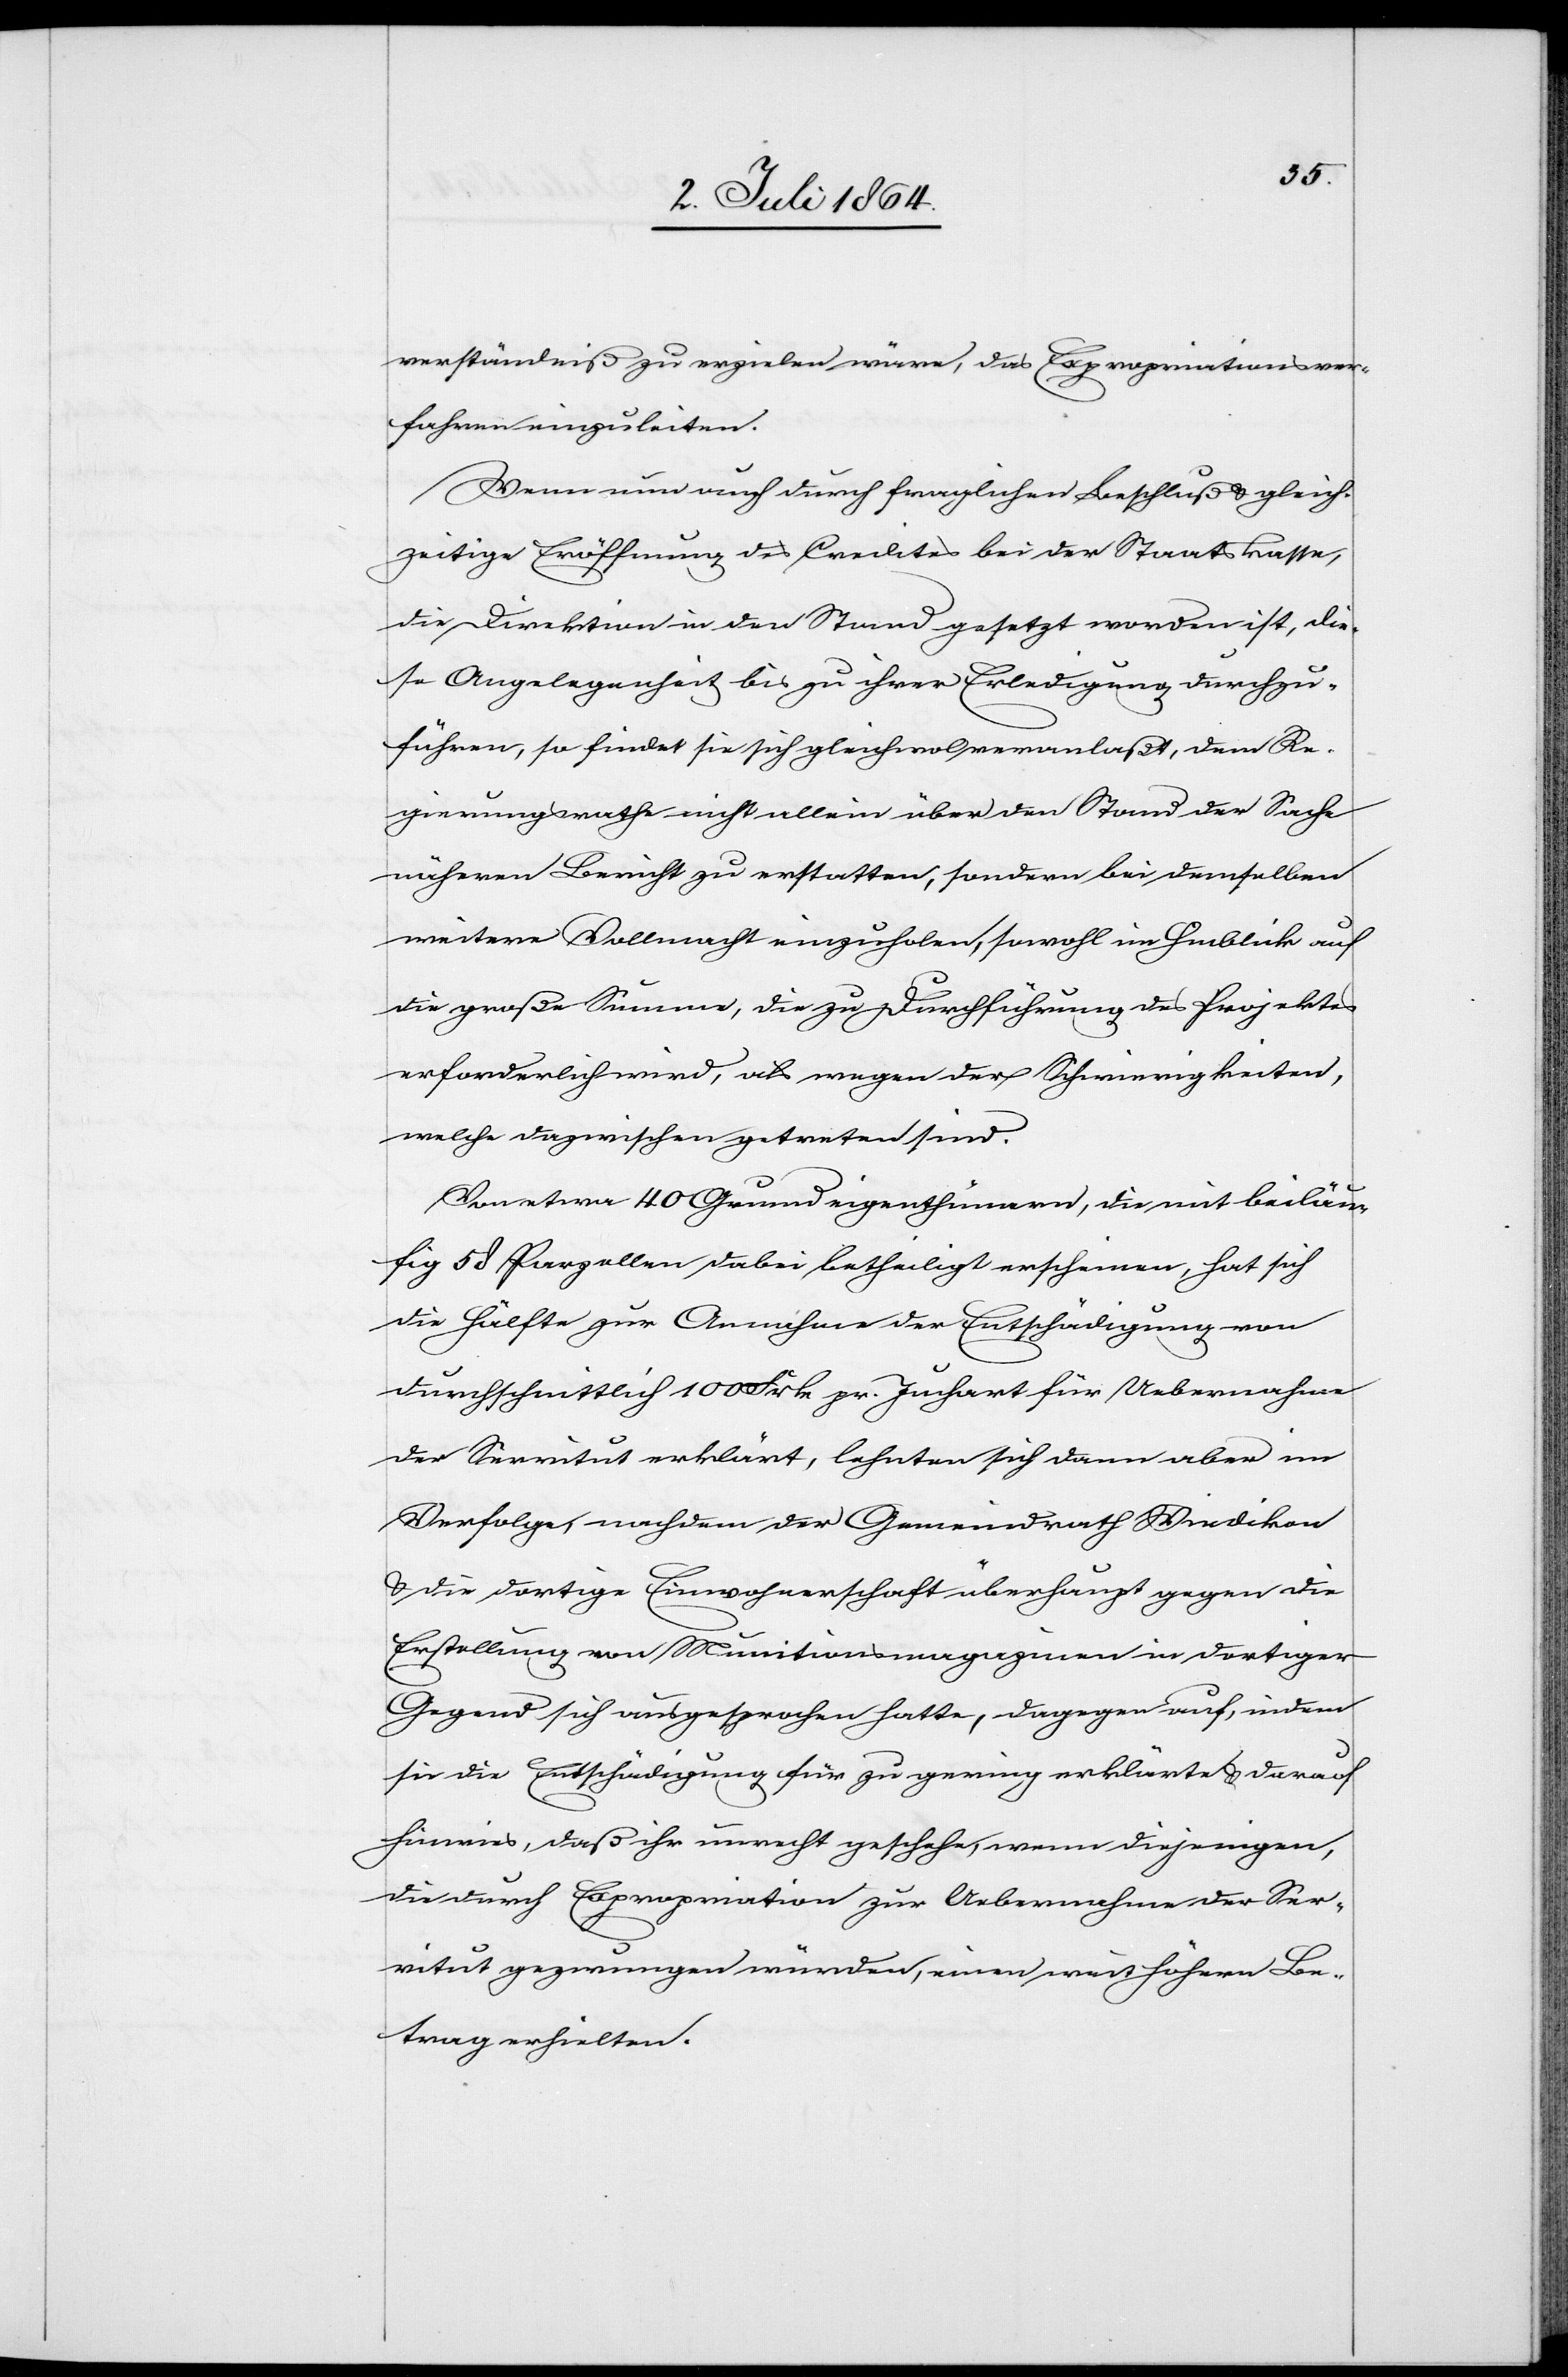
verständnis zu erzielen wäre, das Expropriationsver¬
fahren einzuleiten.
Wenn nun auch durch fraglichen Beschluß gleich¬
zeitige Eröffnung des Credites bei der Staatskasse,
die Direktion in den Stand gesetzt worden ist, die¬
se Angelegenheit bis zu ihrer Erledigung durchzu¬
führen, so findet sie sich gleichwol veranlaßt, dem Re¬
gierungsrathe nicht allein über den Stand der Sache
näheren Bericht zu erstatten, sondern bei demselben
weitere Vollmacht einzuholen, sowohl im Hinblick auf
die große Summe, die zu Durchführung des Projektes
erforderlich wird, als wegen der Schwierigkeiten,
welche dazwischen getreten sind.
Von etwa 40 Grundeigenthümern, die mit beiläu¬
fig 58 Parzellen dabei betheiligt erscheinen, hat sich
die Hälfte zur Annahme der Entschädigung von
durchschnittlich 100 Frk. pr. Juchart für Uebernahme
der Servitut erklärt, lehnten sich dann aber im
Verfolge, nachdem der Gemeindrath Wiedikon
u. die dortige Einwohnerschaft überhaupt gegen die
Erstellung von Munitionsmagazinen in dortiger
Gegend sich ausgesprochen hatte, dagegen auf, indem
sie die Entschädigung für zu gering erklärte u. darauf
hinwies, daß ihr unrecht geschehe, wenn diejenigen,
die durch Expropriation zur Uebernahme der Ser¬
vitut gezwungen würden, einen weit höhern Be¬
trag erhielten.